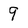
Character: 9